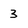
Character: 3